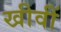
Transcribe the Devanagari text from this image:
खीवीं